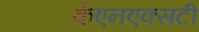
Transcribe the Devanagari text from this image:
केएनएक्सटी